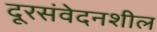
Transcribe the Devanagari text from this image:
दूरसंवेदनशील